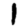
Digit: 1